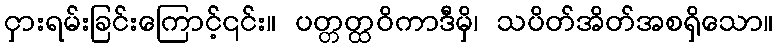
ငှားရမ်းခြင်းကြောင့်၎င်း။ ပတ္တတ္ထဝိကာဒီမှိ၊ သပိတ်အိတ်အစရှိသော။